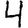
Digit: 4